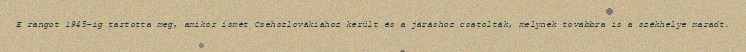
E rangot 1945-ig tartotta meg, amikor ismét Csehszlovákiához került és a járáshoz csatolták, melynek továbbra is a székhelye maradt.